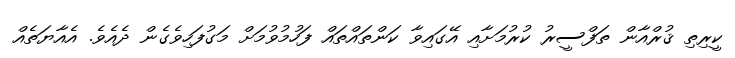
ކީރިތި ޤުރްއާން ތަފްސީރު ކުރުމަށާއި އޭގައިވާ ކަންތައްތައް ފަހުމުވުމަށް މަގުފަހިވެގެން ދެއެވެ. އެއާޔަތެއް